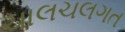
ચાલચલગત